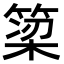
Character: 𫞿